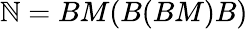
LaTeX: \mathbb{N}=BM(B(BM)B)